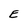
Character: E